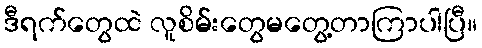
ဒီရက်တွေထဲ လူစိမ်းတွေမတွေ့တာကြာပါပြီ။